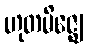
ဟုတမိဇ္ဈေ